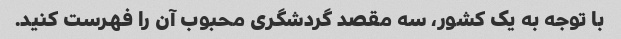
با توجه به یک کشور، سه مقصد گردشگری محبوب آن را فهرست کنید.